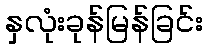
နှလုံးခုန်မြန်ခြင်း